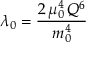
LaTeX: \lambda _ { 0 } = \frac { 2 \, \mu _ { 0 } ^ { 4 } \, Q ^ { 6 } } { m _ { 0 } ^ { 4 } }